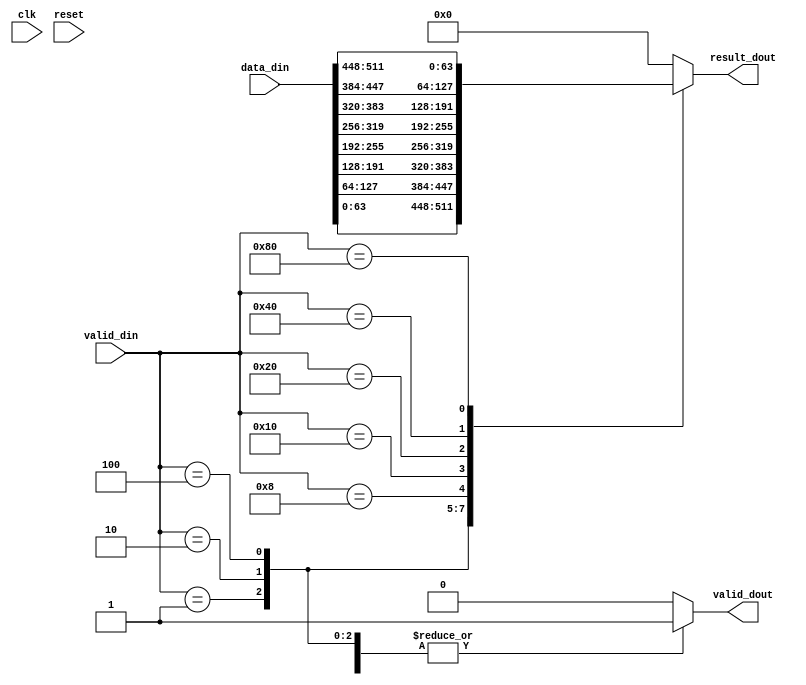
// ============================================================================
// Designer : Yi_Yuan Chen
// Create   : 2023.03.06
// Ver      : 1.0
// Func     : multiplexer for every quant2buf 64 bits data, and choose 1 sent to ot_fifo
// ============================================================================
module ot_bitmux64 
#(
	parameter TBITS = 64 
	,	PEBLKROW_NUM = 8
)(
	clk 	
	,	reset 				
	,	valid_din 			
	,	data_din			
	,	valid_dout	
	,	result_dout	
);
	

//==============================================================================
//========    I/O Signal Declare    ========
//==============================================================================

input wire clk		;
input wire reset		;

input wire [ PEBLKROW_NUM-1:0]				valid_din 		;
input wire [ PEBLKROW_NUM*TBITS-1 : 0 ]		data_din		;
output wire 								valid_dout	;
output wire [TBITS-1 : 0]					result_dout	;
//-----------------------------------------------------------------------------

reg [TBITS-1 : 0]	bit64_result ;
reg					bit64_valid ;

assign valid_dout		=	bit64_valid		;
assign result_dout		=	bit64_result	;

always @(*) begin
	case (valid_din)
		8'b0000_0001:  bit64_result = data_din[ ( (PEBLKROW_NUM-7) *TBITS-1) -: TBITS ]	;
		8'b0000_0010:  bit64_result = data_din[ ( (PEBLKROW_NUM-6) *TBITS-1) -: TBITS ]	;
		8'b0000_0100:  bit64_result = data_din[ ( (PEBLKROW_NUM-5) *TBITS-1) -: TBITS ]	;
		8'b0000_1000:  bit64_result = data_din[ ( (PEBLKROW_NUM-4) *TBITS-1) -: TBITS ]	;
		8'b0001_0000:  bit64_result = data_din[ ( (PEBLKROW_NUM-3) *TBITS-1) -: TBITS ]	;
		8'b0010_0000:  bit64_result = data_din[ ( (PEBLKROW_NUM-2) *TBITS-1) -: TBITS ]	;
		8'b0100_0000:  bit64_result = data_din[ ( (PEBLKROW_NUM-1) *TBITS-1) -: TBITS ]	;
		8'b1000_0000:  bit64_result = data_din[ ( (PEBLKROW_NUM-0) *TBITS-1) -: TBITS ]	;
		default: bit64_result = 64'd0 ;
	endcase
end
always @(*) begin
	case (valid_din)
		8'b0000_0001:  bit64_valid = 1'd1 ;
		8'b0000_0010:  bit64_valid = 1'd1 ;
		8'b0000_0100:  bit64_valid = 1'd1 ;
		8'b0000_1000:  bit64_valid = 1'd1 ;
		8'b0001_0000:  bit64_valid = 1'd1 ;
		8'b0010_0000:  bit64_valid = 1'd1 ;
		8'b0100_0000:  bit64_valid = 1'd1 ;
		8'b1000_0000:  bit64_valid = 1'd1 ;
		default: bit64_valid = 1'd0 ;
	endcase
end


endmodule